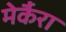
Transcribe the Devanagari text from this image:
मेर्कैरा